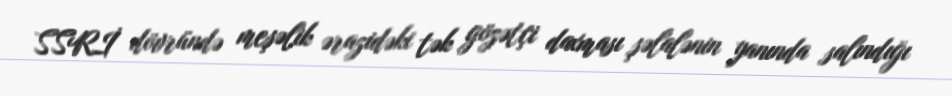
SSRİ dövründə meşəlik ərazidəki tək gözətçi daxması şəlalənin yanında salındığı